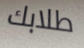
طلابك